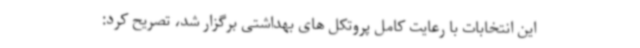
این انتخابات با رعایت کامل پروتکل های بهداشتی برگزار شد، تصریح کرد: